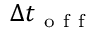
\Delta t _ { \mathrm { ~ o ~ f ~ f ~ } }